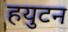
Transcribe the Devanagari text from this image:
हयुटन